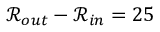
\mathcal { R } _ { o u t } - \mathcal { R } _ { i n } = 2 5